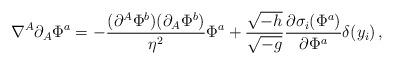
LaTeX: \begin{align*}\nabla^A\partial_A\Phi^a =-{(\partial^A\Phi^b)(\partial_A\Phi^b) \over \eta^2}\Phi^a+{\sqrt{-h} \over \sqrt{-g}}{\partial\sigma_i(\Phi^a) \over \partial\Phi^a}\delta(y_i)\,,\end{align*}